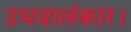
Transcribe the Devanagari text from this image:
उभयालंकार।